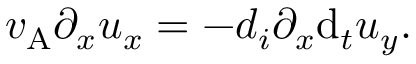
v _ { \mathrm { A } } \partial _ { x } u _ { x } = - d _ { i } \partial _ { x } \mathrm { d } _ { t } u _ { y } .